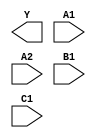
module sky130_fd_sc_hdll__o211ai (
    Y ,
    A1,
    A2,
    B1,
    C1
);

    output Y ;
    input  A1;
    input  A2;
    input  B1;
    input  C1;

    // Voltage supply signals
    supply1 VPWR;
    supply0 VGND;
    supply1 VPB ;
    supply0 VNB ;

endmodule